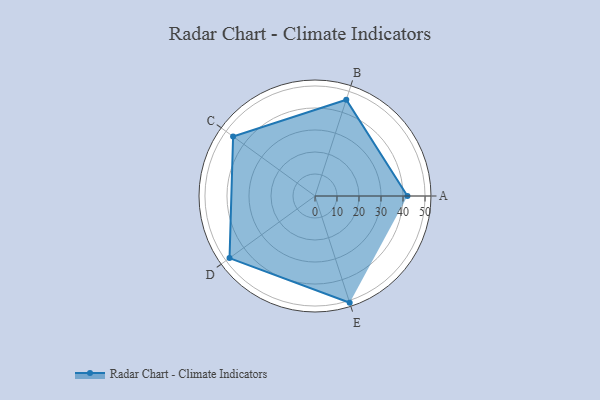
{"axis": {"x": "Skill", "y": "Score"}, "legend": ["Profile"], "data": [{"x": "A", "y": 42.0, "type": "Profile"}, {"x": "B", "y": 46.0, "type": "Profile"}, {"x": "C", "y": 46.0, "type": "Profile"}, {"x": "D", "y": 48.0, "type": "Profile"}, {"x": "E", "y": 51.0, "type": "Profile"}]}